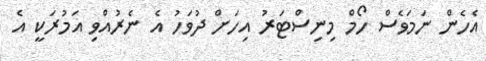
އެހެން ނަމަވެސް ހޯމް މިނިސްޓަރު އިހަށް ދުވަހު އެ ނެރުއްވި އަމުރަކީ އެ